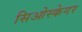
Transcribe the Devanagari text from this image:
सिओस्केगर